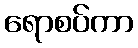
ရောစပ်ကာ